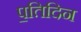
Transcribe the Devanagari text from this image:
प॒तिदिन